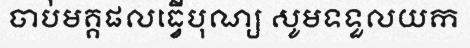
ចាប់មគ្គផលធ្វើបុណ្យ សូមទទួលយក